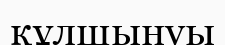
құлшынуы